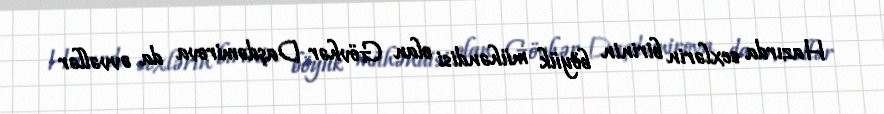
Hazırda sexlərin birinin böyük mühəndisi olan Gövhər Daşdəmirova da əvvəllər